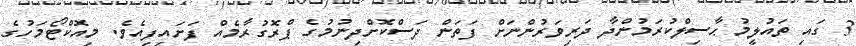
3 ގައި ތައުލީމު ޙާސިލްކުރަމުންދާ ދަރިވަރުންނަށް ފަތަން ދަސްކޮށްދިނުމުގެ ޕްރޮގުރާމެއް ފަށައިފިއެވެ. މިއޮކްޓޯމަހުގެ